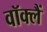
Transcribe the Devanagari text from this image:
वॉक्लैं